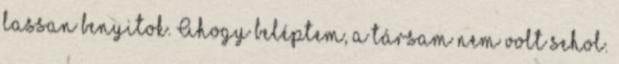
lassan benyitok. Ahogy beléptem, a társam nem volt sehol.